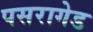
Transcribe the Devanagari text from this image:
पसरागेड